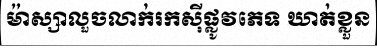
ម៉ាស្សាលួចលាក់រកស៊ីផ្លូវភេទ ឃាត់ខ្លួន